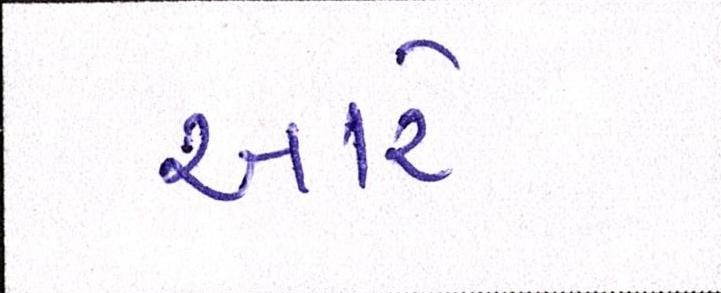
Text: આરે